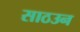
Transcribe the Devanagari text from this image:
साठउन